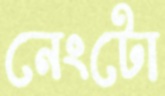
নেংটো